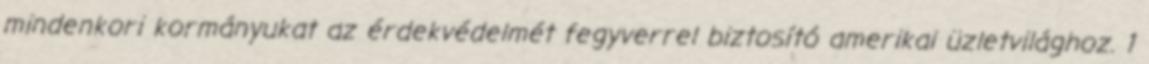
mindenkori kormányukat az érdekvédelmét fegyverrel biztosító amerikai üzletvilághoz. 1